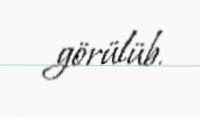
görülüb.